Annual administration report of the Civil Veterinary Department, Ajmere-Merwara, British Rajputana - 1914-1940
Year: 1914
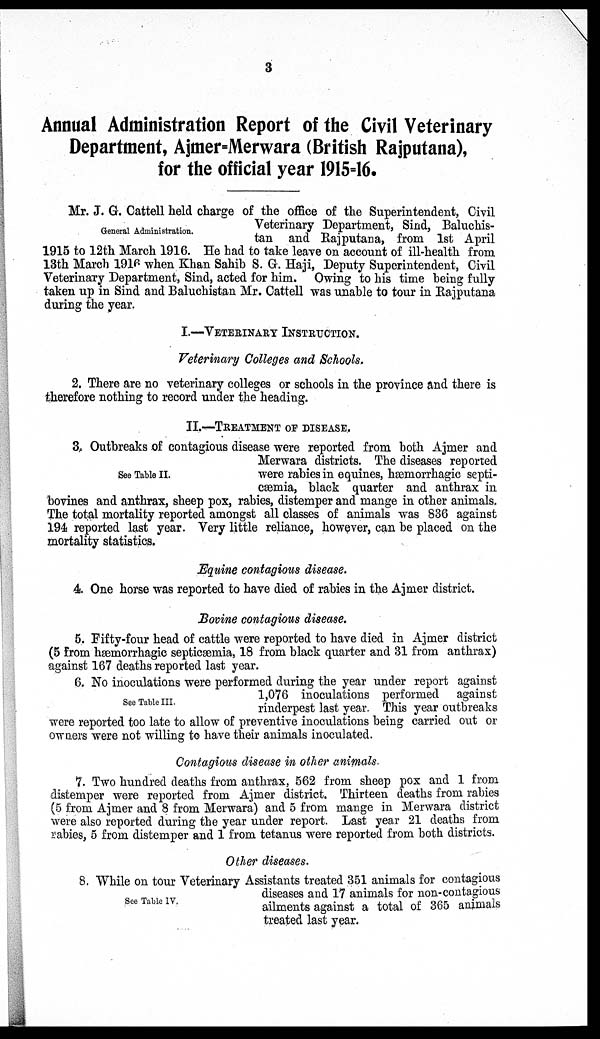
3
Annual Administration Report of the Civil Veterinary
Department, Ajmer=Merwara (British Rajputana),
for the official year 1915=16.
General Administration.
Mr. J. G. Cattell held charge of the office of the Superintendent, Civil
Veterinary Department, Sind, Baluchis-
tan and Rajputana, from 1st April
1915 to 12th March 1916. He had to take leave on account of ill-health from
13th March 1916 when Khan Sahib S. G. Haji, Deputy Superintendent, Civil
Veterinary Department, Sind, acted for him. Owing to his time being fully
taken up in Sind and Baluchistan Mr. Cattell was unable to tour in Rajputana
during the year.
I.—VETERINARY INSTRUCTION.
Veterinary Colleges and Schools.
2. There are no veterinary colleges or schools in the province and there is
therefore nothing to record under the heading.
II.—TRETMENT OF DISEASES.
See Table II.
3. Outbreaks of contagious disease were reported from both Ajmer and
Merwara districts. The diseases reported
were rabies in equines, hæmorrhagic septi-
cæmia, black quarter and anthrax in
bovines and anthrax, sheep pox, rabies, distemper and mange in other animals.
The total mortality reported amongst all classes of animals was 836 against
194 reported last year. Very little reliance, however, can be placed on the
mortality statistics.
Equine contagious disease.
4. One horse was reported to have died of rabies in the Ajmer district.
Bovine contagious disease.
5. Fifty-four head of cattle were reported to have died in Ajmer district
(5 from hæmorrhagic septicæmia, 18 from black quarter and 31 from anthrax)
against 167 deaths reported last year.
See Table III.
6. No inoculations were performed during the year under report against
1,076 inoculations performed against
rinderpest last year. This year outbreaks
were reported too late to allow of preventive inoculations being carried out or
owners were not willing to have their animals inoculated.
Contagious disease in other animals.
7. Two hundred deaths from anthrax, 562 from sheep pox and 1 from
distemper were reported from Ajmer district. Thirteen deaths from rabies
(5 from Ajmer and 8 from Merwara) and 5 from mange in Merwara district
were also reported during the year under report. Last year 21 deaths from
rabies, 5 from distemper and 1 from tetanus were reported from both districts.
Other diseases.
See Table IV
8. While on tour Veterinary Assistants treated 351 animals for contagious
diseases and 17 animals for non-contagious
ailments against a total of 365 animals
treated last year.